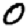
Digit: 0